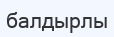
балдырлы